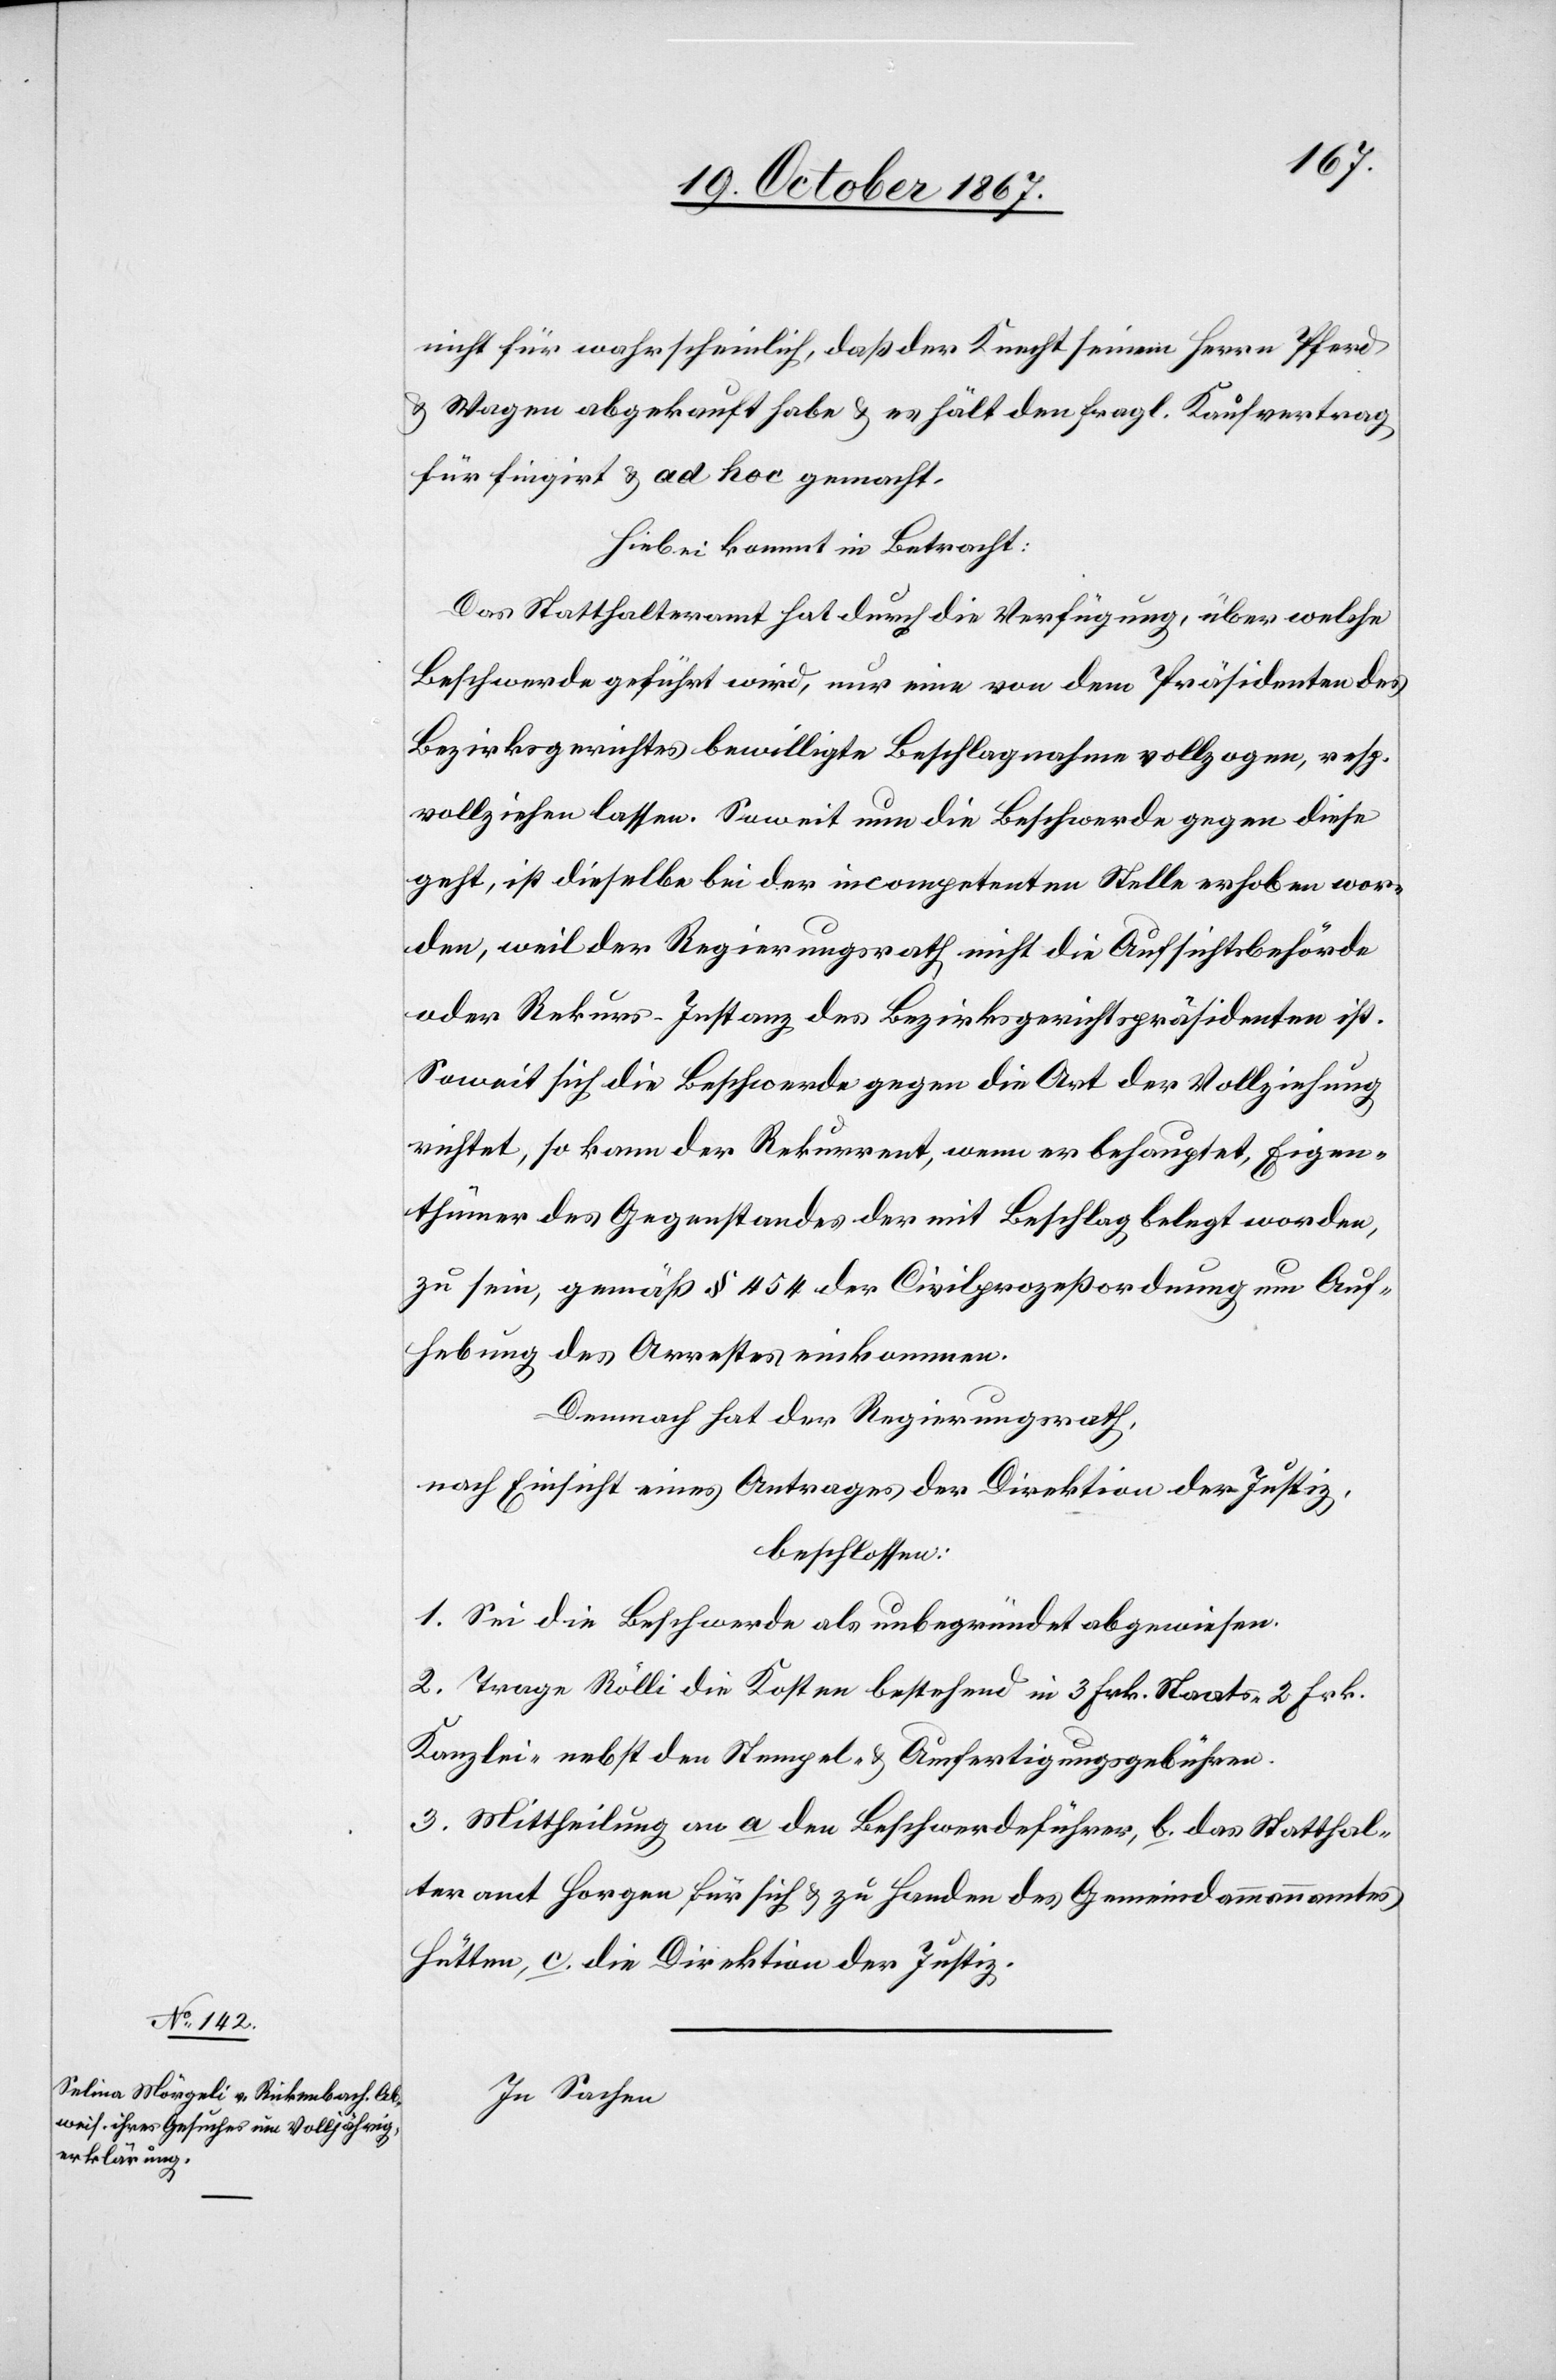
nicht für wahrscheinlich, daß der Knecht seinem Herrn Pferd
u. Wagen abgekauft habe u. es hält den fragl. Kaufvertrag
für fingirt u. ad hoc gemacht.
Hiebei kommt in Betracht:
Das Statthalteramt hat durch die Verfügung, über welche
Beschwerde geführt wird, nur eine von dem Präsidenten des
Bezirksgerichtes bewilligte Beschlagnahme vollzogen, resp.
vollziehen lassen. Soweit nun die Beschwerde gegen diese
geht, ist dieselbe bei der incompetenten Stelle erhoben wor¬
den, weil der Regierungsrath nicht die Aufsichtsbehörde
oder Rekurs-Instanz des Bezirksgerichtspräsidenten ist.
Soweit sich die Beschwerde gegen die Art der Vollziehung
richtet, so kann der Rekurrent, wenn er behauptet, Eigen¬
thümer des Gegenstandes der mit Beschlagt belegt worden,
zu sein, gemäß § 454 der Civilprozeßordnung um Auf¬
hebung des Arrestes einkommen.
Demnach hat der Regierungsrath,
nach Einsicht eines Antrages der Direktion der Justiz,
beschlossen:
1. Sei die Beschwerde als unbegründet abgewiesen.
2. Trage Rölli die Kosten bestehend in 3 Frk. Staats-[,] 2 Frk.
Kanzlei- nebst den Stempel- u. Ausfertigungsgebühren.
3. Mittheilung an a. den Beschwerdeführer, b. das Statthal¬
teramt Horgen für sich u. zu Handen des Gemeindammannamtes
Hütten, c. die Direktion der Justiz.
In Sachen